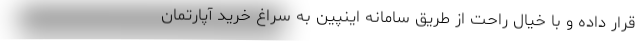
قرار داده و با خیال راحت از طریق سامانه اینپین به سراغ خرید آپارتمان